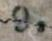
9.